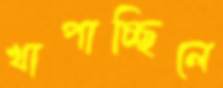
খাপাচ্ছিলে